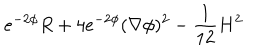
e ^ { - 2 \phi } R + 4 e ^ { - 2 \phi } ( \nabla \phi ) ^ { 2 } - { \frac { 1 } { 1 2 } } H ^ { 2 }